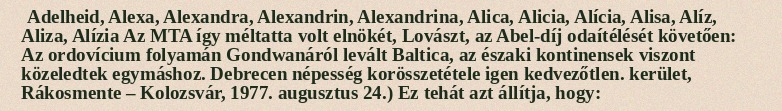
Adelheid, Alexa, Alexandra, Alexandrin, Alexandrina, Alica, Alicia, Alícia, Alisa, Alíz, Aliza, Alízia Az MTA így méltatta volt elnökét, Lovászt, az Abel-díj odaítélését követően: Az ordovícium folyamán Gondwanáról levált Baltica, az északi kontinensek viszont közeledtek egymáshoz. Debrecen népesség korösszetétele igen kedvezőtlen. kerület, Rákosmente – Kolozsvár, 1977. augusztus 24.) Ez tehát azt állítja, hogy: